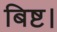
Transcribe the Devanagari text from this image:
बिष्ट।